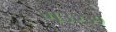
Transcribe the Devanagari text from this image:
ग३२३१